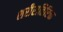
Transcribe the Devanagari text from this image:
शरीरातिरिक्त